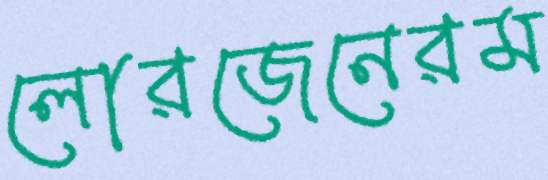
লোরজেনেরম